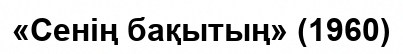
«Сенің бақытың» (1960)